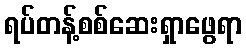
ရပ်တန့်စစ်ဆေးရှာဖွေရာ